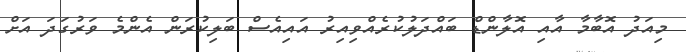
މިއަދު އޮބާމާ އާއި އޮލާންޑް ބައްދަލުކުރެއްވިއިރު އައިއެސް ބަލިކުރަން އެންމެ ވަރުގަދަ އަށް